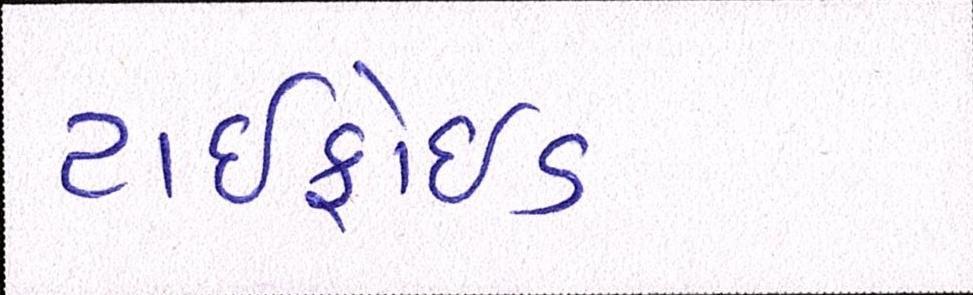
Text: ટાઇફોઇડ